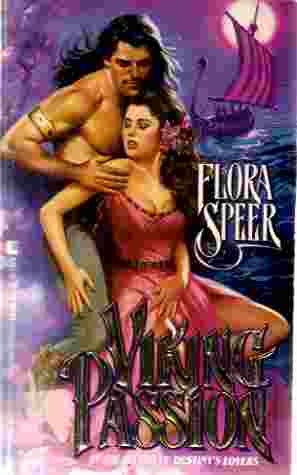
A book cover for Viking Passion; Flora Speer; Romance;